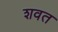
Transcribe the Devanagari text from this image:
शवत